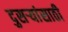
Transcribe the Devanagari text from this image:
दुसऱ्यांसाठी